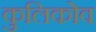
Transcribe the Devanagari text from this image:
कुलिकोव